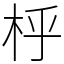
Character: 㭔